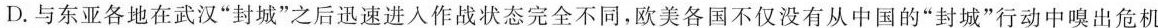
D.与东亚各地在武汉”封城”之后迅速进入作战状态完全不同，欧美各国不仅没有从中国的”封城”行动中嗅出危机